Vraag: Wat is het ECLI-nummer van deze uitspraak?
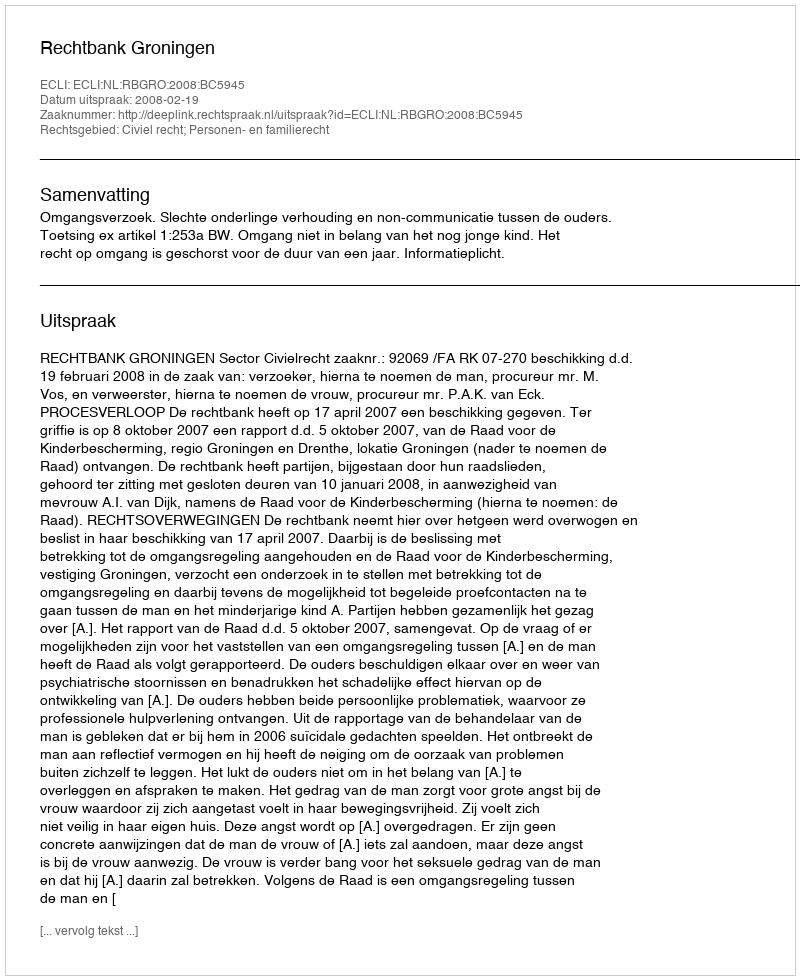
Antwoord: ECLI:NL:RBGRO:2008:BC5945